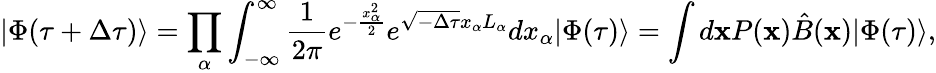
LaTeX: |\Phi(\tau+\Delta\tau)\rangle=\prod_{\alpha}\int_{-\infty}^{\infty}\frac{1}{2\pi}e^{-\frac{x_{\alpha}^{2}}{2}}e^{\sqrt{-\Delta\tau}x_{\alpha}L_{\alpha}}dx_{\alpha}|\Phi(\tau)\rangle=\int d\mathbf{x}P(\mathbf{x})\hat{B}(\mathbf{x})|\Phi(\tau)\rangle,